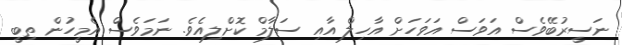
ނަސީރުބޭވެސް އަވަސް އަވަހަށް އާހިލް އާއި ސަލާމް ކޮށްލިއެވެ. ނަމަވެސް އެމީހުން ތިބީ